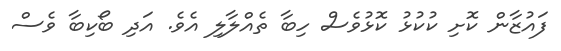
ފައުޒާން ކޮށި ކުކުޅު ކޮޅުވެސް ހިބާ ތެއްލާލި އެވެ. އަދި ބޯކިބާ ވެސް